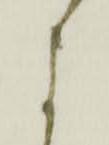
よ